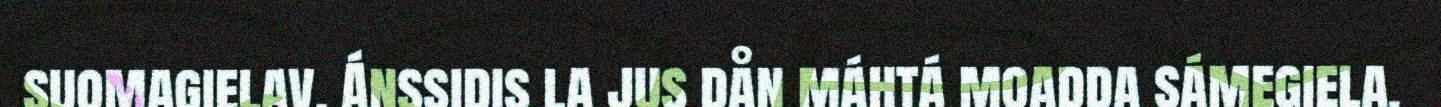
suomagielav. Ánssidis la jus dån máhtá moadda sámegiela.